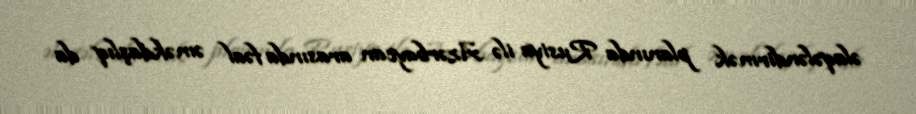
əlaqələndirmək planında Rusiya ilə Azərbaycan arasında fəal əməkdaşlıq da